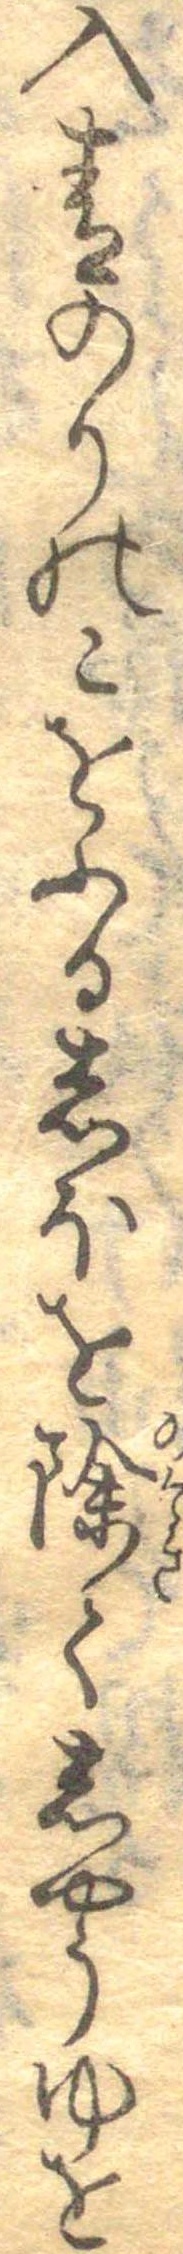
入青のりのこをふるしほを除てしやうゆを